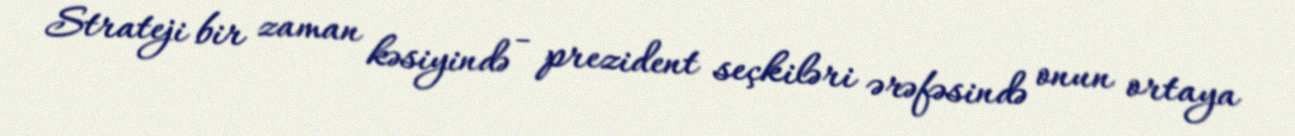
Strateji bir zaman kəsiyində - prezident seçkiləri ərəfəsində onun ortaya